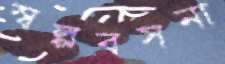
স্বল্পবসনা